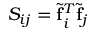
S _ { i j } = { \widetilde { \bf f } } _ { i } ^ { T } { \widetilde { \bf f } } _ { j }